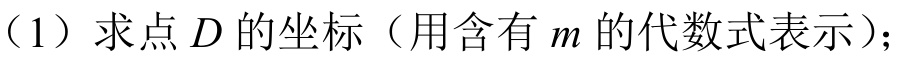
（1）求点\(D\)的坐标（用含有\(m\)的代数式表示）；